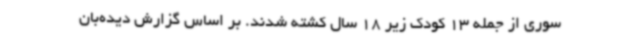
سوری از جمله 13 کودک زیر 18 سال کشته شدند. بر اساس گزارش دیده‌بان